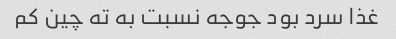
غذا سرد بود جوجه نسبت به ته چین کم